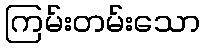
ကြမ်းတမ်းသော